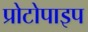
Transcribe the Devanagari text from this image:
प्रोटोपाइप